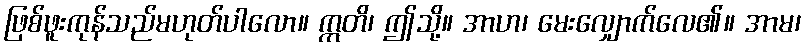
ဖြစ်ဖူးကုန်သည်မဟုတ်ပါလော။ ဣတိ၊ ဤသို့။ အာဟ၊ မေးလျှောက်လေ၏။ အာမ၊